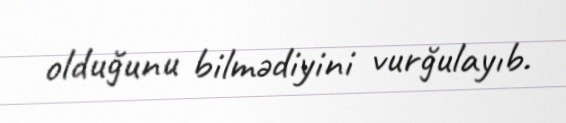
olduğunu bilmədiyini vurğulayıb.